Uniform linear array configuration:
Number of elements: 16
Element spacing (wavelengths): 1
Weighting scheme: exponential
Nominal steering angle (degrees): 45
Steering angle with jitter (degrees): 45.437
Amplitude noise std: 0.05
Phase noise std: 0.05

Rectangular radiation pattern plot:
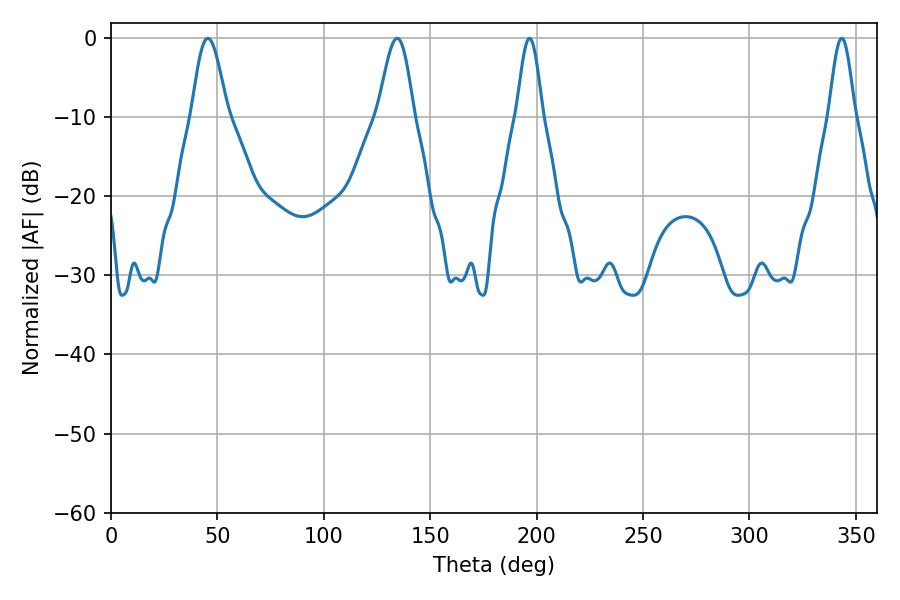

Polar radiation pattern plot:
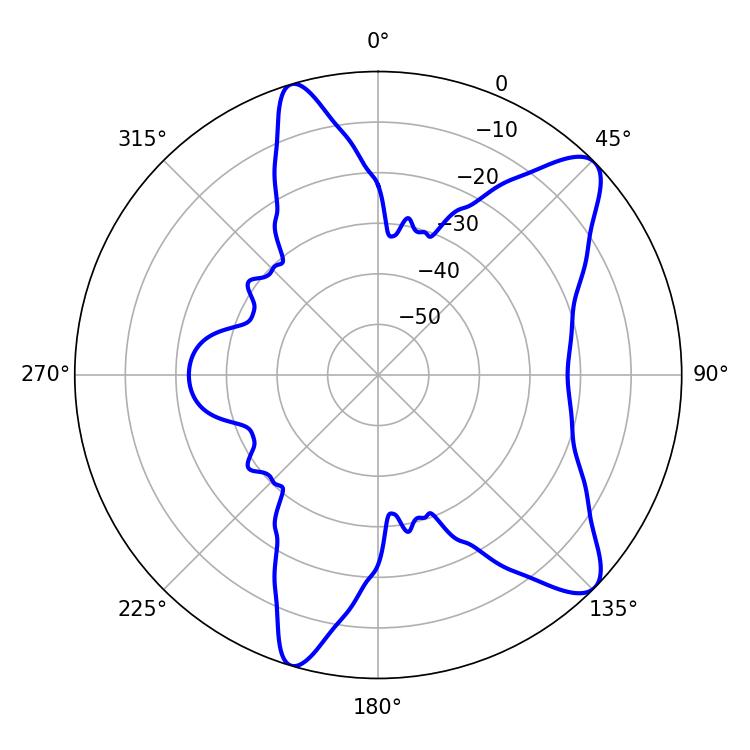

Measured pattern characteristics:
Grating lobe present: TRUE
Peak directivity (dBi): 10.061
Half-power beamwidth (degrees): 9
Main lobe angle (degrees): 45.54